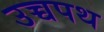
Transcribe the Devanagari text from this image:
उच्चपथ